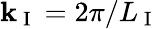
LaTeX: \mathbf{k}_{\mathrm{{~I~}}}=2\pi/L_{\mathrm{{~I~}}}